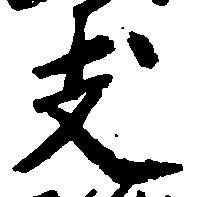
支